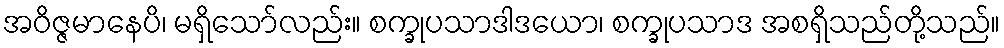
အဝိဇ္ဇမာနေပိ၊ မရှိသော်လည်း။ စက္ခုပသာဒါဒယော၊ စက္ခုပသာဒ အစရှိသည်တို့သည်။